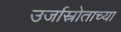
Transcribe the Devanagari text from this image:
उर्जास्रोताच्या